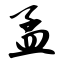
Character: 孟